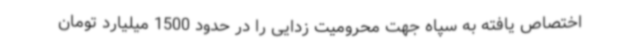
اختصاص یافته به سپاه جهت محرومیت زدایی را در حدود 1500 میلیارد تومان